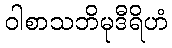
ဝါစာသဘိမုဒီရိဟံ